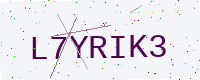
Text: L7YRIK3